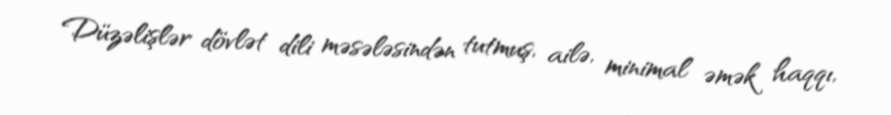
Düzəlişlər dövlət dili məsələsindən tutmuş, ailə, minimal əmək haqqı,